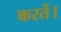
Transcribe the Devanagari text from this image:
करतें।